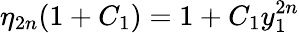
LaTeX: \eta_{2n}(1+C_{1})=1+C_{1}y_{1}^{2n}